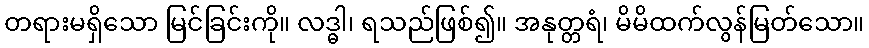
တရားမရှိသော မြင်ခြင်းကို။ လဒ္ဓါ၊ ရသည်ဖြစ်၍။ အနုတ္တရံ၊ မိမိထက်လွန်မြတ်သော။